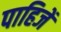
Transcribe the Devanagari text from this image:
पाहिजेँ